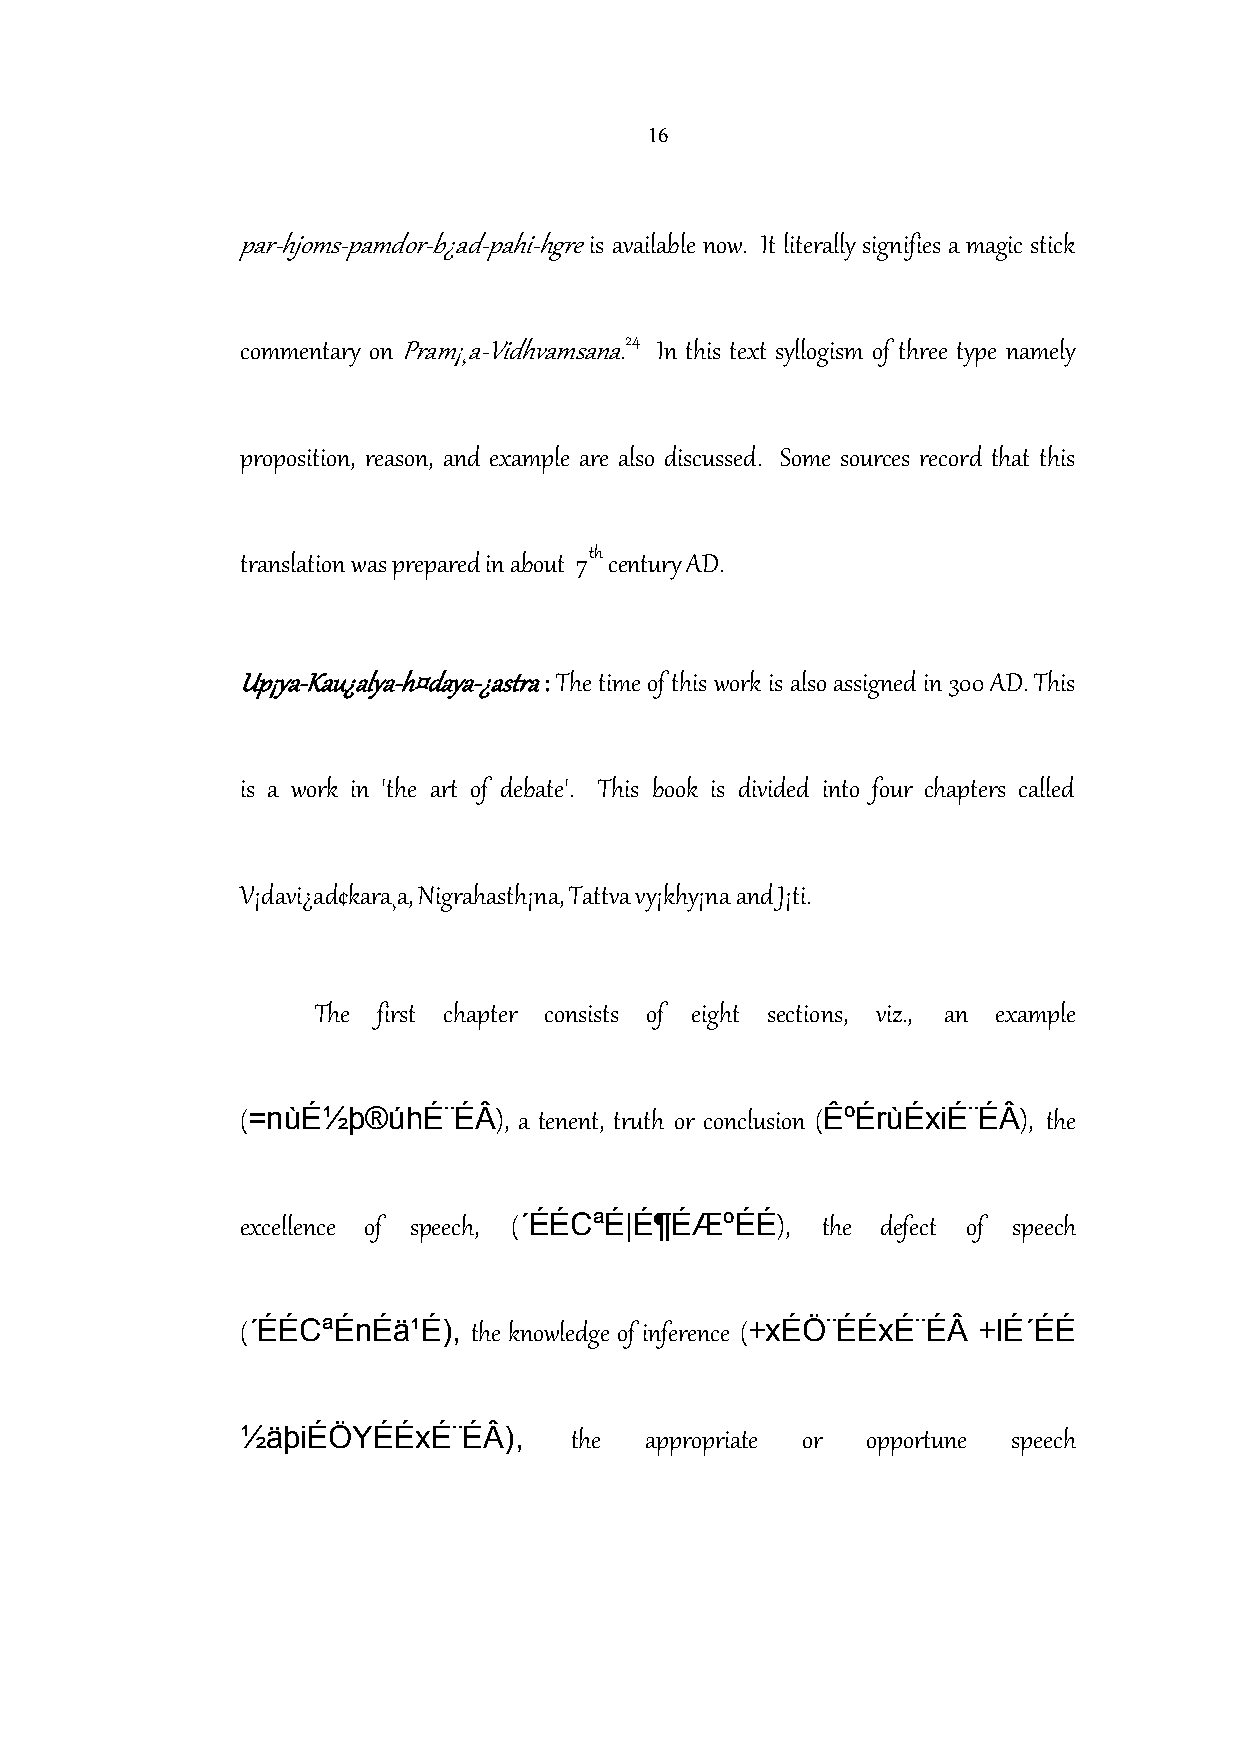
16
 par-hjoms-pamdor-b¿ad-pahi-hgreis available now. It literally signifies a magic stick
 24
 commentary onPram¡¸a-Vidhvamsana. In this text syllogism of three type namely
 proposition, reason, and example are also discussed. Some sources record that this
 th
 translation was prepared in about 7 century AD.
 Up¡ya-Kau¿alya-h¤daya-¿astra: The time of this work is also assigned in 300 AD. This
 is a work in 'the art of debate'. This book is divided into four chapters called
 V¡davi¿ad¢kara¸a, Nigrahasth¡na, Tattva vy¡khy¡na and J¡ti.
 The first chapter consists of eight sections, viz., an example
 =nùÉ½þ®úhÉ¨ÉÂ                         ÊºÉrùÉxiÉ¨ÉÂ
 (                ), a tenent, truth or conclusion ( ), the
 ´ÉÉCªÉ|É¶ÉÆºÉÉ
 excellence of speech, (            ), the defect of speech
 ´ÉÉCªÉnÉä¹É),                     +xÉÖ¨ÉÉxÉ¨ÉÂ   +lÉ´ÉÉ
 (              the knowledge of inference (
 ½äþiÉÖYÉÉxÉ¨ÉÂ),
 the  appropriate or opportune speech